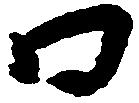
口